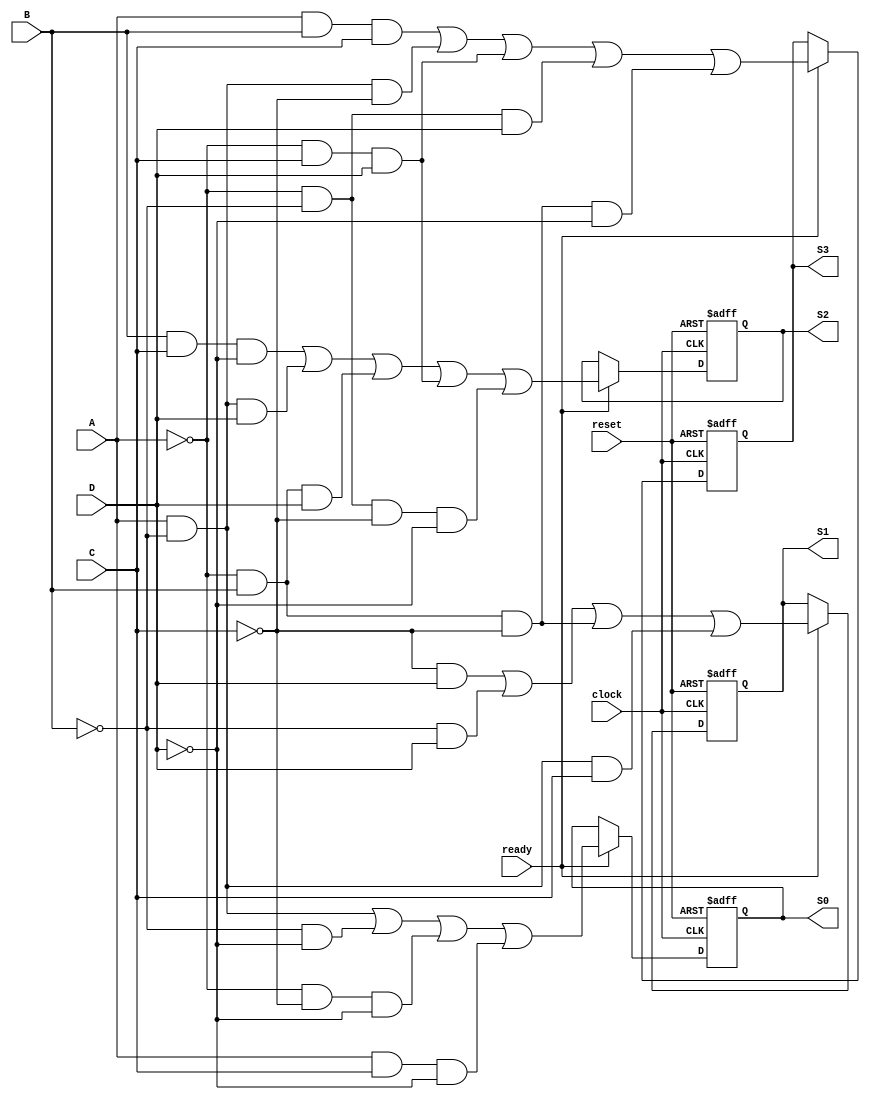
module Codificador(
    input wire clock,
    input wire reset,
    input wire ready,
    
    input wire A,
    input wire B,
    input wire C,
    input wire D,

    output wire S3,
    output wire S2,
    output wire S1,
    output wire S0
);

reg S3_reg, S2_reg, S1_reg, S0_reg;

always @(posedge clock or posedge reset) begin
    if (reset) begin
        S3_reg <= 0;
        S2_reg <= 0;
        S1_reg <= 0;
        S0_reg <= 0;
    end else if (ready) begin
        S3_reg <= (A & B & C) | (A & !B & !C) | (!A & C & D) | (!A & !B & D) | (!A & B & !C & !D);
        S2_reg <= (B & C & !D) | (A & !B & D) | (!A & B & D) | (!A & C & D) | (!A & !B & !C & !D);
        S1_reg <= (!C & D) | (!B & D) | (!A & B & !C) | (A & !B & C);
        S0_reg <= (A & !B) | (!B & !D) | (!A & !C & !D) | (A & C & !D);
    end
end

assign S3 = S3_reg;
assign S2 = S2_reg;
assign S1 = S1_reg;
assign S0 = S0_reg;

endmodule